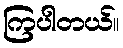
ကြပါတယ်။